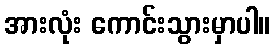
အားလုံး ကောင်းသွားမှာပါ။